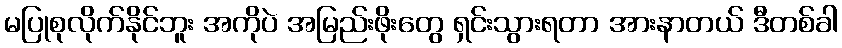
မပြုစုလိုက်နိုင်ဘူး အကိုပဲ အမြည်းဖိုးတွေ ရှင်းသွားရတာ အားနာတယ် ဒီတစ်ခါ